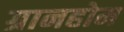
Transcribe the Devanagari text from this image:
ग्रानहोम